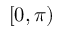
[ 0 , \pi )